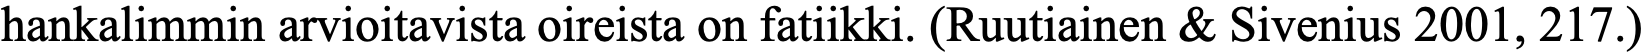
hankalimmin arvioitavista oireista on fatiikki. (Ruutiainen & Sivenius 2001, 217.)